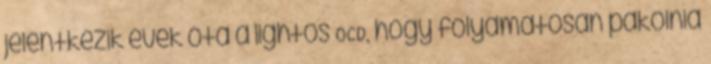
jelentkezik évek óta a lightos OCD, hogy folyamatosan pakolnia